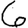
Digit: 6